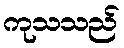
ကုသသည်